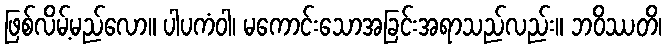
ဖြစ်လိမ့်မည်လော။ ပါပကံဝါ၊ မကောင်းသောအခြင်းအရာသည်လည်း။ ဘဝိဿတိ၊